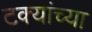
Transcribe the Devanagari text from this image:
टक्यांच्या